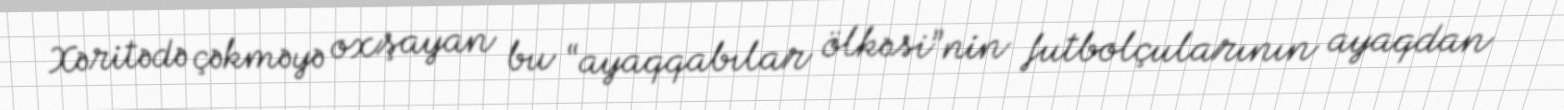
Xəritədə çəkməyə oxşayan bu “ayaqqabılar ölkəsi”nin futbolçularının ayaqdan